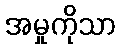
အမှုကိုသာ